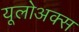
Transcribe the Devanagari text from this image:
यूलोअक्स